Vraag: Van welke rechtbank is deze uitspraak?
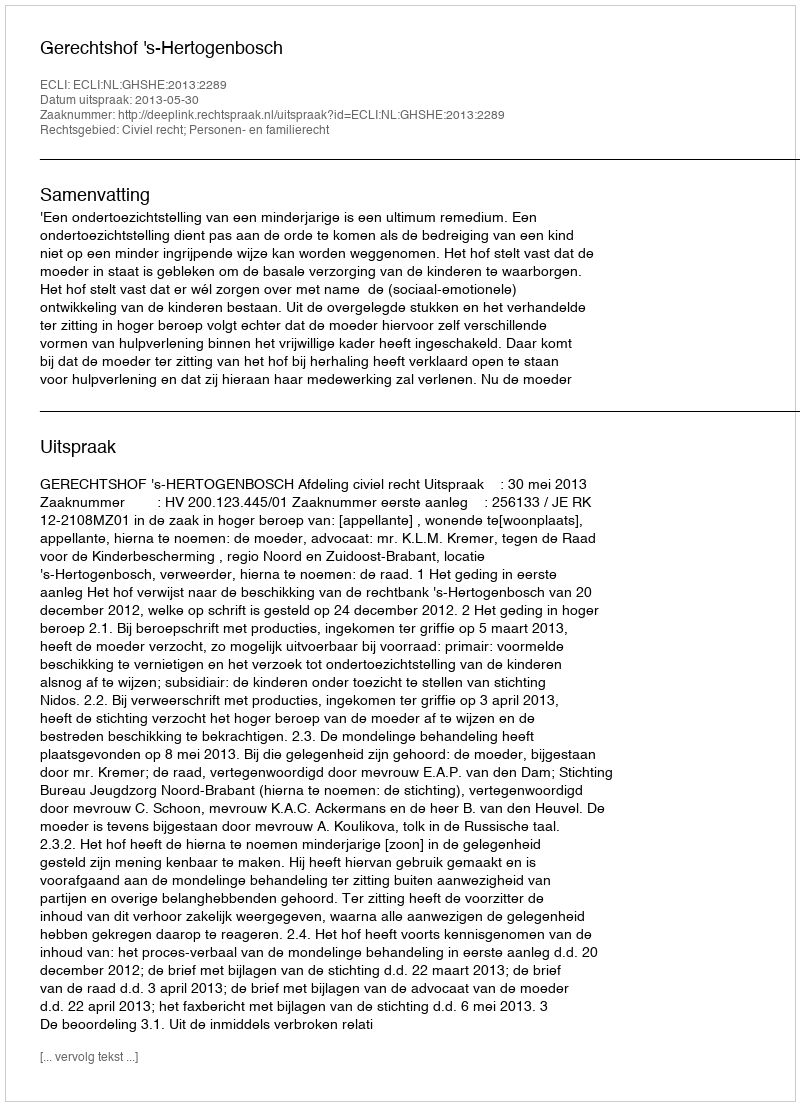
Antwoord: Gerechtshof 's-Hertogenbosch